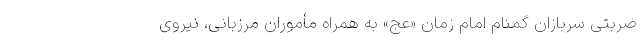
ضربتی سربازان گمنام امام زمان «عج» به همراه مأموران مرزبانی، نیروی